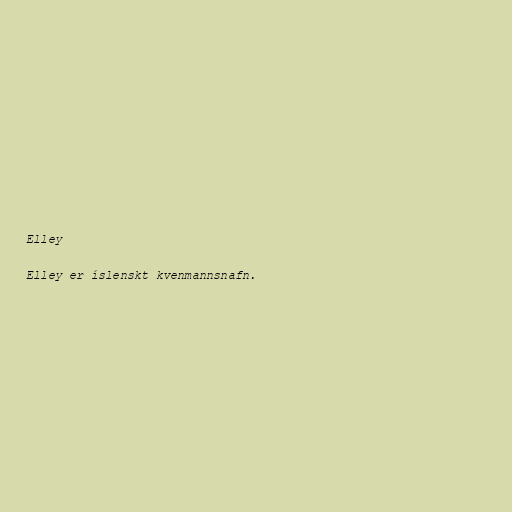
Elley

Elley er íslenskt kvenmannsnafn.